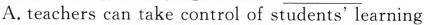
A.teachers can take control of students' learning